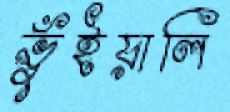
ভুঁইয়ালি